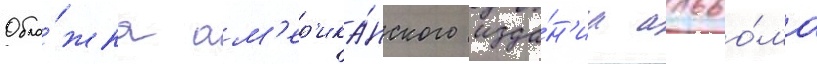
Обло́жка ам'ер'ика́нского изда́н'иа альбо́ма